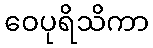
ဝေပုရိသိကာ